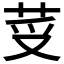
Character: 𦭼